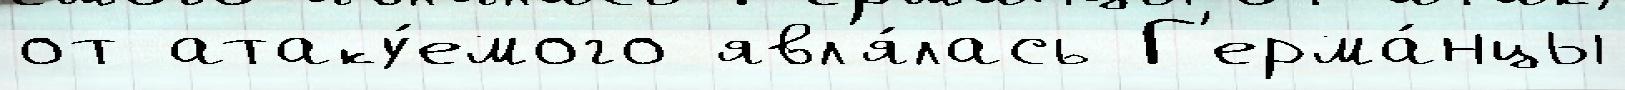
от атаку́емого явл'я́лась Г'ерма́нцы